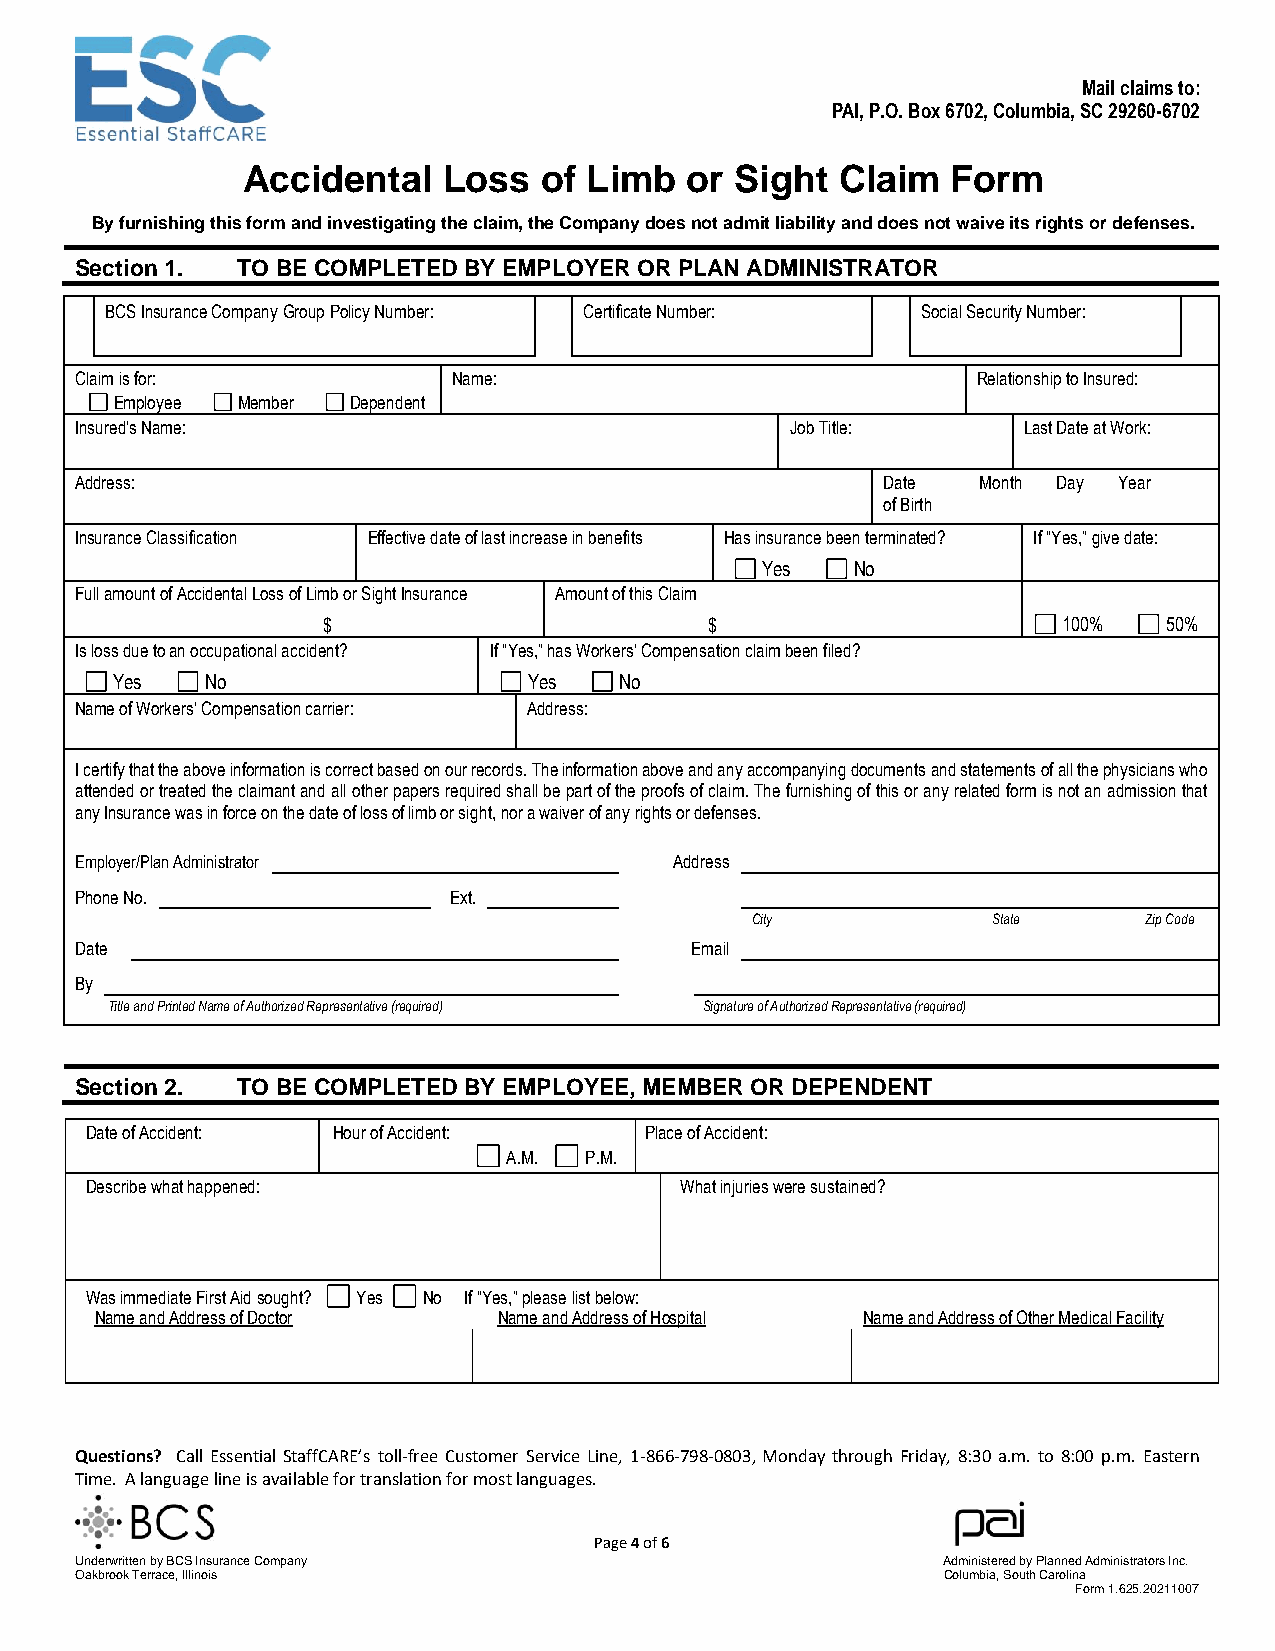
Mail claims to:
 PAI, P.O. Box 6702, Columbia, SC 29260-6702
 Accidental   Loss   of Limb  or  Sight  Claim  Form
 By furnishing this form and investigating the claim, the Company does not admit liability and does not waive its rights or defenses.
 Section 1. TO BE COMPLETED BY EMPLOYER OR PLAN ADMINISTRATOR
 BCS Insurance Company Group Policy Number: Certificate Number: Social Security Number:
 Claim is for:            Name:                              Relationship to Insured:
 Employee Member Dependent
 Insured’s Name:                                Job Title:      Last Date at Work:
 Address:                                             Date   Month Day Year
 of Birth
 Insurance Classification Effective date of last increase in benefits Has insurance been terminated? If “Yes,” give date:
 Yes    No
 Full amount of Accidental Loss of Limb or Sight Insurance Amount of this Claim
 $                         $                      100%   50%
 Is loss due to an occupational accident? If “Yes,” has Workers’ Compensation claim been filed?
 Yes    No                   Yes   No
 Name of Workers’ Compensation carrier: Address:
 I certify that the above information is correct based on our records. The information above and any accompanying documents and statements of all the physicians who
 attended or treated the claimant and all other papers required shall be part of the proofs of claim. The furnishing of this or any related form is not an admission that
 any Insurance was in force on the date of loss of limb or sight, nor a waiver of any rights or defenses.
 Employer/Plan Administrator             Address
 Phone No.                Ext.
 City            State     Zip Code
 Date                                     Email
 By
 Title and Printed Name of Authorized Representative (required) Signature of Authorized Representative (required)
 Section 2. TO BE COMPLETED BY EMPLOYEE, MEMBER OR DEPENDENT
 Date of Accident: Hour of Accident:  Place of Accident:
 A.M. P.M.
 Describe what happened:                What injuries were sustained?
 Was immediate First Aid sought? Yes No If “Yes,” please list below:
 Name and Address of Doctor Name and Address of Hospital Name and Address of Other Medical Facility
 Questions? Call Essential StaffCARE’s toll-free Customer Service Line, 1-866-798-0803, Monday through Friday, 8:30 a.m. to 8:00 p.m. Eastern
 Time. A language line is available for translation for most languages.
 Page 4 of 6
 Underwritten by BCS Insurance Company                    Administered by Planned Administrators Inc.
 Oakbrook Terrace, Illinois                               Columbia, South Carolina
 Form 1.625.20211007